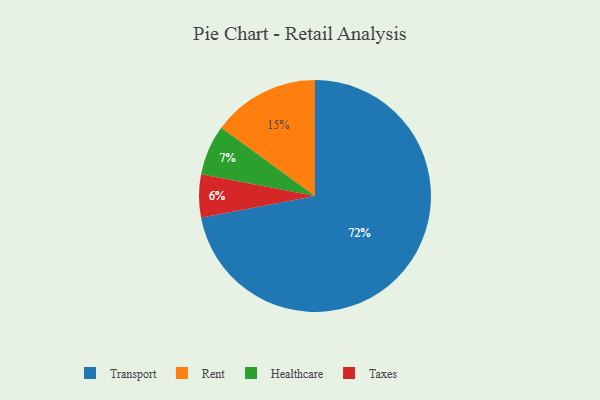
{"axis": {"x": "Category", "y": "Percentage"}, "legend": ["Healthcare", "Rent", "Taxes", "Transport"], "data": [{"x": "Healthcare", "y": 7, "type": "Healthcare"}, {"x": "Taxes", "y": 6, "type": "Taxes"}, {"x": "Transport", "y": 72, "type": "Transport"}, {"x": "Rent", "y": 15, "type": "Rent"}]}